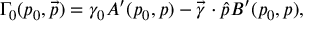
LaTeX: \Gamma _ { 0 } ( p _ { 0 } , \vec { p } ) = \gamma _ { 0 } A ^ { \prime } ( p _ { 0 } , p ) - \vec { \gamma } \cdot \hat { p } B ^ { \prime } ( p _ { 0 } , p ) ,